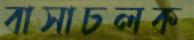
বাসাচলক